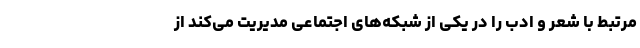
مرتبط با شعر و ادب را در یکی از شبکه‌های اجتماعی مدیریت می‌کند از